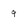
Character: 9